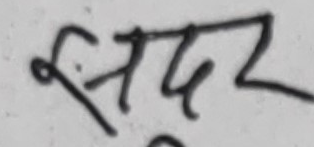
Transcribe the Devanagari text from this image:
सद्दर